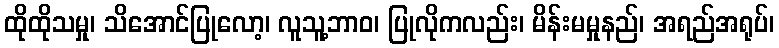
ထိုထိုသမှု၊ သိအောင်ပြုလော့၊ လူသူ့ဘာဝ၊ ပြုလိုကလည်း၊ မိန်းမမှုနည်၊ အရည်အရုပ်၊